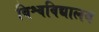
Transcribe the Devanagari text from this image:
बिश्वविद्यालय